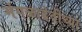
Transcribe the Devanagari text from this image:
मंगळादेवीच्या